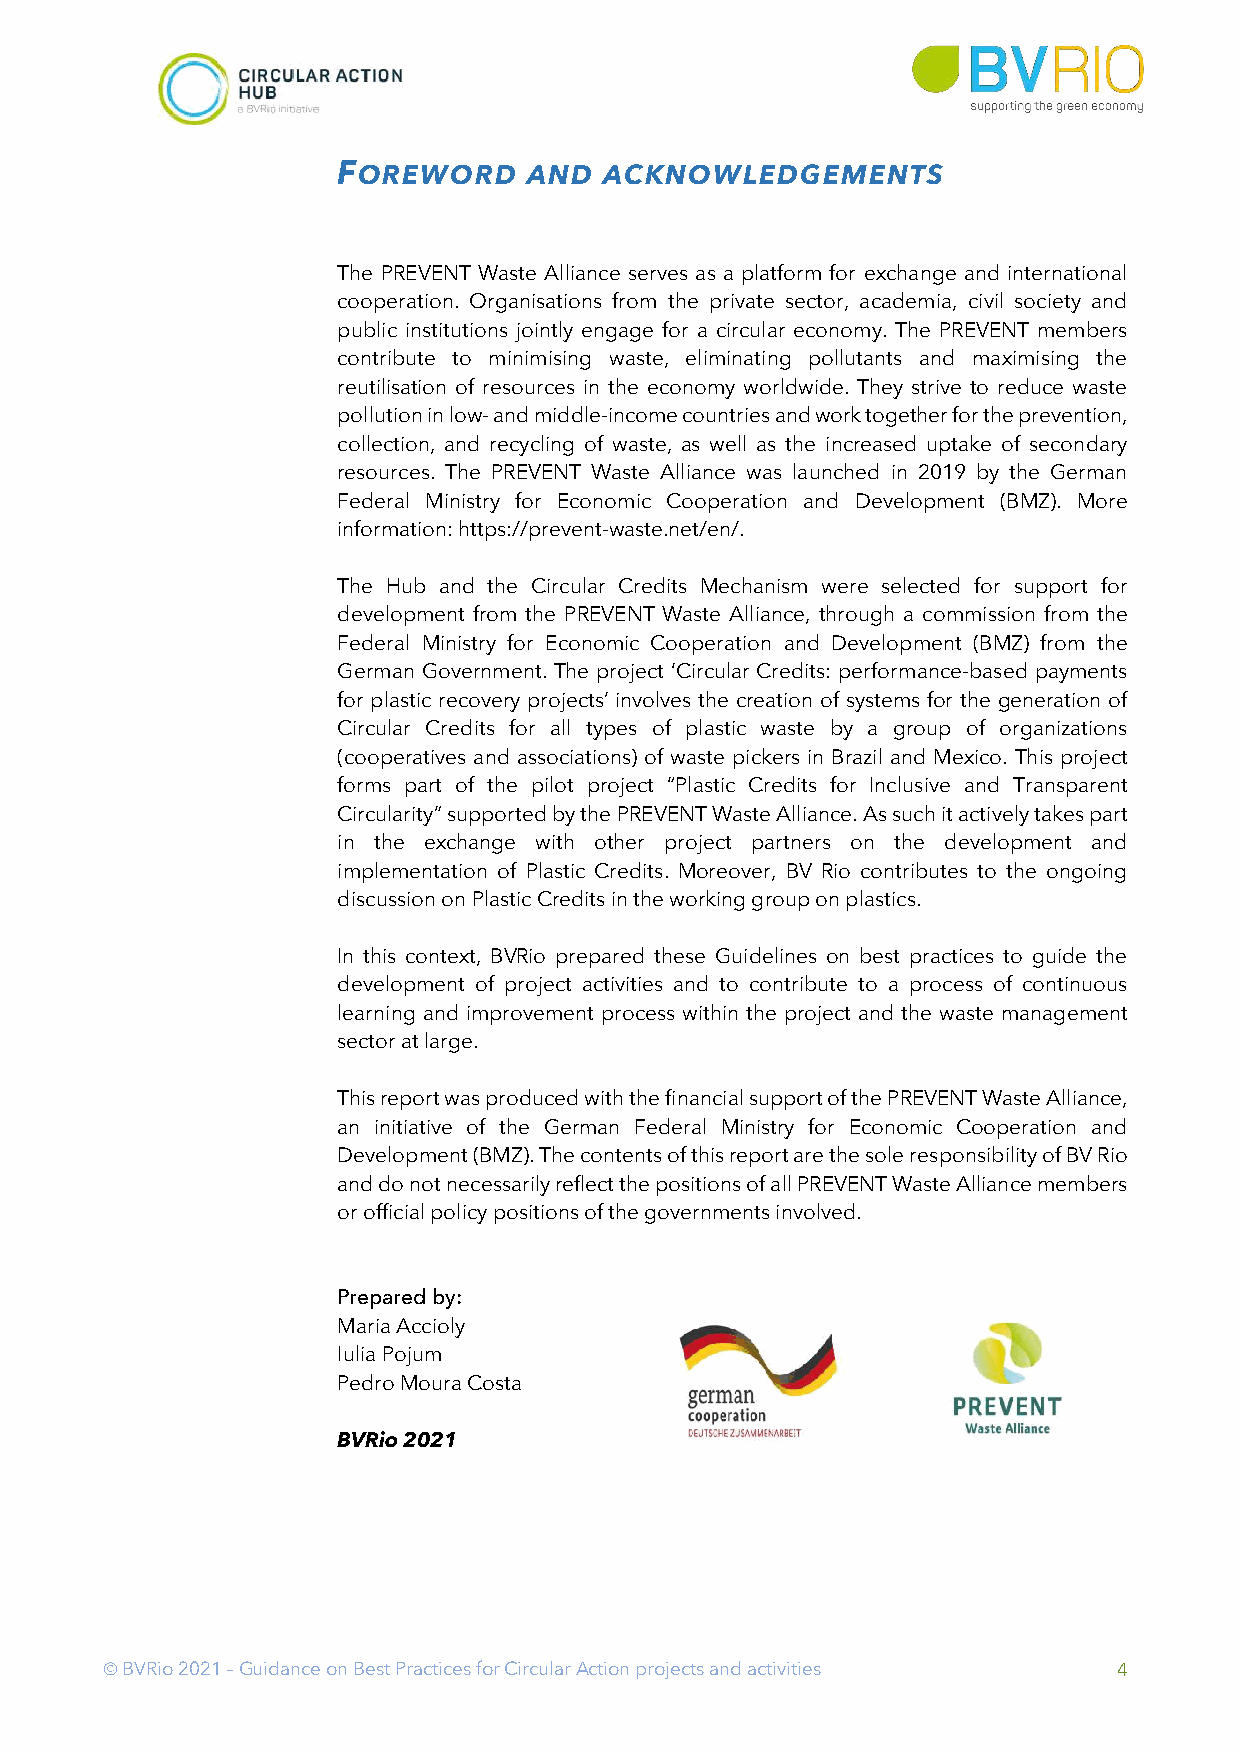
FOREWORD     AND  ACKNOWLEDGEMENTS
 The PREVENT Waste Alliance serves as a platform for exchange and international
 cooperation. Organisations from the private sector, academia, civil society and
 public institutions jointly engage for a circular economy. The PREVENT members
 contribute to minimising waste, eliminating pollutants and maximising the
 reutilisation of resources in the economy worldwide. They strive to reduce waste
 pollution in low- and middle-income countries and work together for the prevention,
 collection, and recycling of waste, as well as the increased uptake of secondary
 resources. The PREVENT Waste Alliance was launched in 2019 by the German
 Federal Ministry for Economic Cooperation and Development (BMZ). More
 information: https://prevent-waste.net/en/.
 The Hub and the Circular Credits Mechanism were selected for support for
 development from the PREVENT Waste Alliance, through a commission from the
 Federal Ministry for Economic Cooperation and Development (BMZ) from the
 German Government. The project ‘Circular Credits: performance-based payments
 for plastic recovery projects’ involves the creation of systems for the generation of
 Circular Credits for all types of plastic waste by a group of organizations
 (cooperatives and associations) of waste pickers in Brazil and Mexico. This project
 forms part of the pilot project “Plastic Credits for Inclusive and Transparent
 Circularity” supported by the PREVENT Waste Alliance. As such it actively takes part
 in the exchange with other project partners on the development and
 implementation of Plastic Credits. Moreover, BV Rio contributes to the ongoing
 discussion on Plastic Credits in the working group on plastics.
 In this context, BVRio prepared these Guidelines on best practices to guide the
 development of project activities and to contribute to a process of continuous
 learning and improvement process within the project and the waste management
 sector at large.
 This report was produced with the financial support of the PREVENT Waste Alliance,
 an initiative of the German Federal Ministry for Economic Cooperation and
 Development (BMZ). The contents of this report are the sole responsibility of BV Rio
 and do not necessarily reflect the positions of all PREVENT Waste Alliance members
 or official policy positions of the governments involved.
 Prepared by:
 Maria Accioly
 Iulia Pojum
 Pedro Moura Costa
 BVRio 2021
 Ó BVRio 2021 – Guidance on Best Practices for Circular Action projects and activities 4